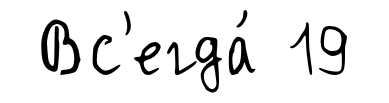
Вс'егда́ 19